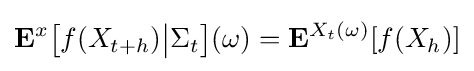
\mathbf {E} ^{x}{\big [}f(X_{t+h}){\big |}\Sigma _{t}{\big ]}(\omega )=\mathbf {E} ^{X_{t}(\omega )}[f(X_{h})]